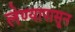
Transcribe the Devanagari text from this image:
लेण्यापासून